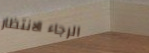
الرجاء الانتظار